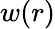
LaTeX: w(r)